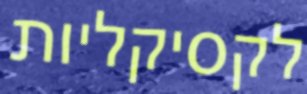
לקסיקליות